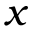
x